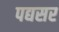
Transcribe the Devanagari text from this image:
पद्यसर